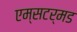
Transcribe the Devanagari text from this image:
एम्सटर्मड